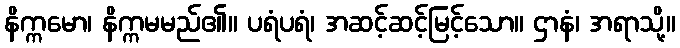
နိက္ကမော၊ နိက္ကမမည်၏။ ပရံပရံ၊ အဆင့်ဆင့်မြင့်သော။ ဌာနံ၊ အရာသို့။